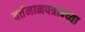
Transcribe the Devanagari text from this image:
वर्तमानपत्रान्च्या